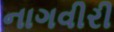
નાગવીરી